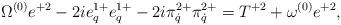
LaTeX: \begin{align*}\Omega^{(0)}e^{+2}-2ie^{1+}_q e^{1+}_q-2i\pi^{2+}_{\dot q}\pi^{2+}_{\dot q}=T^{+2}+\omega^{(0)}e^{+2},\end{align*}